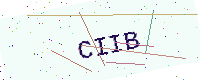
Text: CIIB